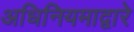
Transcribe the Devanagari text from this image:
अधिनियमाद्वारे